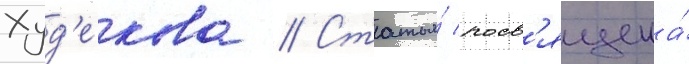
Худ'екова // Статья́ посв'ящена́